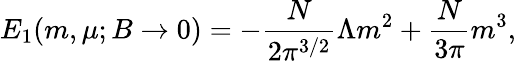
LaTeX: E_{1}(m,\mu;B\to 0)=-\frac{N}{2\pi^{3/2}}\Lambda m^{2}+\frac{N}{3\pi}m^{3},